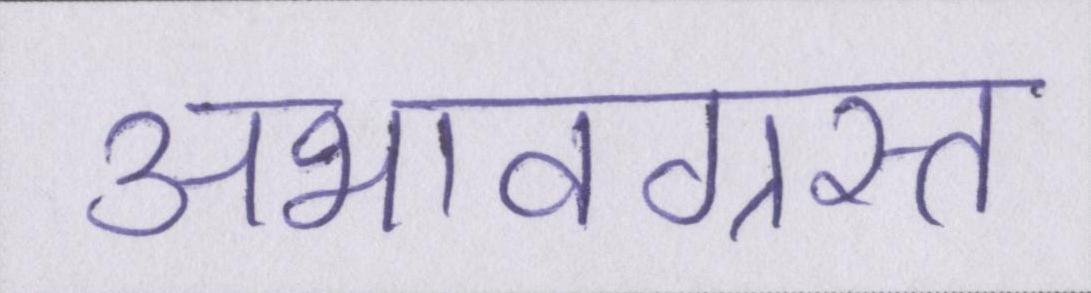
अभावग्रस्त